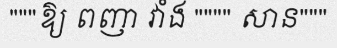
"""ឱ្យ ពញា វាំង """" សាន"""